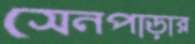
সেনপাড়ার